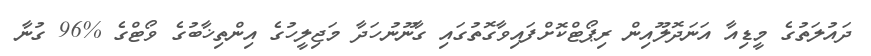
ދައުލަތުގެ މީޑިއާ އަނަދޮލޫއިން ރިޕޯޓްކޮށްފައިވާގޮތުގައި ގާނޫނުހަދާ މަޖިލީހުގެ އިންތިޚާބުގެ ވޯޓްގެ %96 ގުނާ